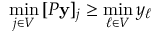
\operatorname* { m i n } _ { j \in V } \, [ P \mathbf { y } ] _ { j } \ge \operatorname* { m i n } _ { \ell \in V } y _ { \ell }